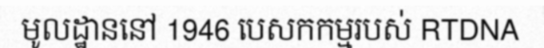
មូលដ្ឋាននៅ 1946 បេសកកម្មរបស់ RTDNA